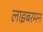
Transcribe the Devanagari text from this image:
लाइबरमन